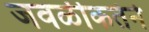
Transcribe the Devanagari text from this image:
जवळीकतेने